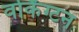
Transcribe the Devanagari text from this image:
वर्किंग्टन